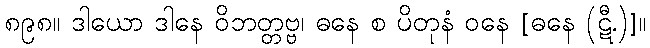
၈၉၈။ ဒါယော ဒါနေ ဝိဘတ္တဗ္ဗ၊ ဓနေ စ ပိတုနံ ဝနေ [ဓနေ (ဋီ.)]။